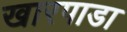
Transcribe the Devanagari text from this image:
खारपाडा